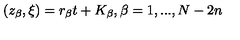
( z _ { \beta } , \xi ) = r _ { \beta } t + K _ { \beta } , \beta = 1 , . . . , N - 2 n